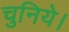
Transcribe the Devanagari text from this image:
चुनिये।